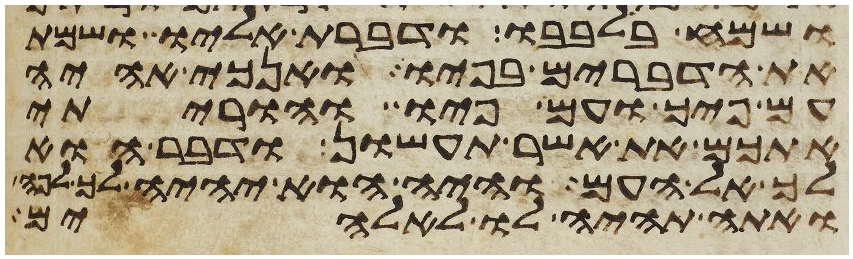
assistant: ושמח בלבבו ודברת אליו ושמת
את הדברים בפיו ואנכי אהיה
עם פיך ועם פיו והוריתי
אתכם את אשר תעשון ודבר הוא
לך אל העם והיה הוא יהיה לך לפה
ואתה תהיה לו לאלהים